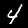
Label: 4